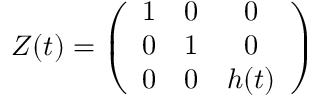
Z ( t ) = \left( \begin{array} { c c c } { { 1 } } & { { 0 } } & { { 0 } } \\ { { 0 } } & { { 1 } } & { { 0 } } \\ { { 0 } } & { { 0 } } & { { h ( t ) } } \end{array} \right)